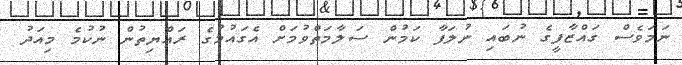
ނަމަވެސް ގައްޒާފީގެ ނުބައި ނުލަފާ ކަމުން ސަލާމަތްވުމަށް އެގައުމުގެ ރައްޔިތުން ނުކުމެ މިއަދު